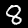
Digit: 8